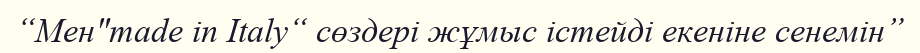
“Мен"made in Italy“ сөздері жұмыс істейді екеніне сенемін”